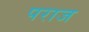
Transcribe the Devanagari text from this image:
पराज